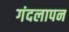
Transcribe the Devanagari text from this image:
गंदलापन